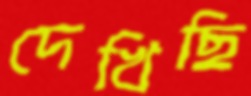
দেখিছি